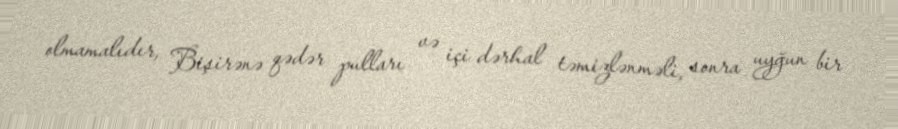
olmamalıdır, Bişirənə qədər pulları və içi dərhal təmizlənməli, sonra uyğun bir